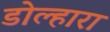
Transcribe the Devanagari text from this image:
डोल्हारा